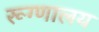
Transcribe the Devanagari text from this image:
रूग्‍णालय